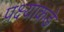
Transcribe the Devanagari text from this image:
पक्ष्याकडे